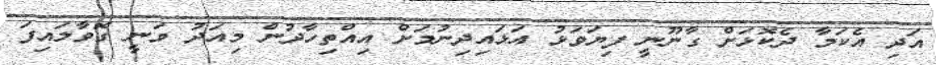
އަދި އެކަމާ ދެކޮޅަށް ގާނޫނީ ފިޔަވަޅު އަޅައިދިނުމަށް އިއްތިހާދުން މިއަދު ވަނީ ގޮވާލައިފަ